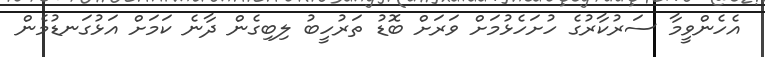
އެހެންވީމާ ސަރުކާރުގެ ހުށަހެޅުމަށް ވަރަށް ބޮޑު ތަރުހީބު ލިބިގެން ދާނެ ކަމަށް އަޅުގަނޑުމެން